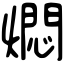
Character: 燜